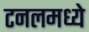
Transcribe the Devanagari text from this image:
टनलमध्ये